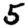
Digit: 5